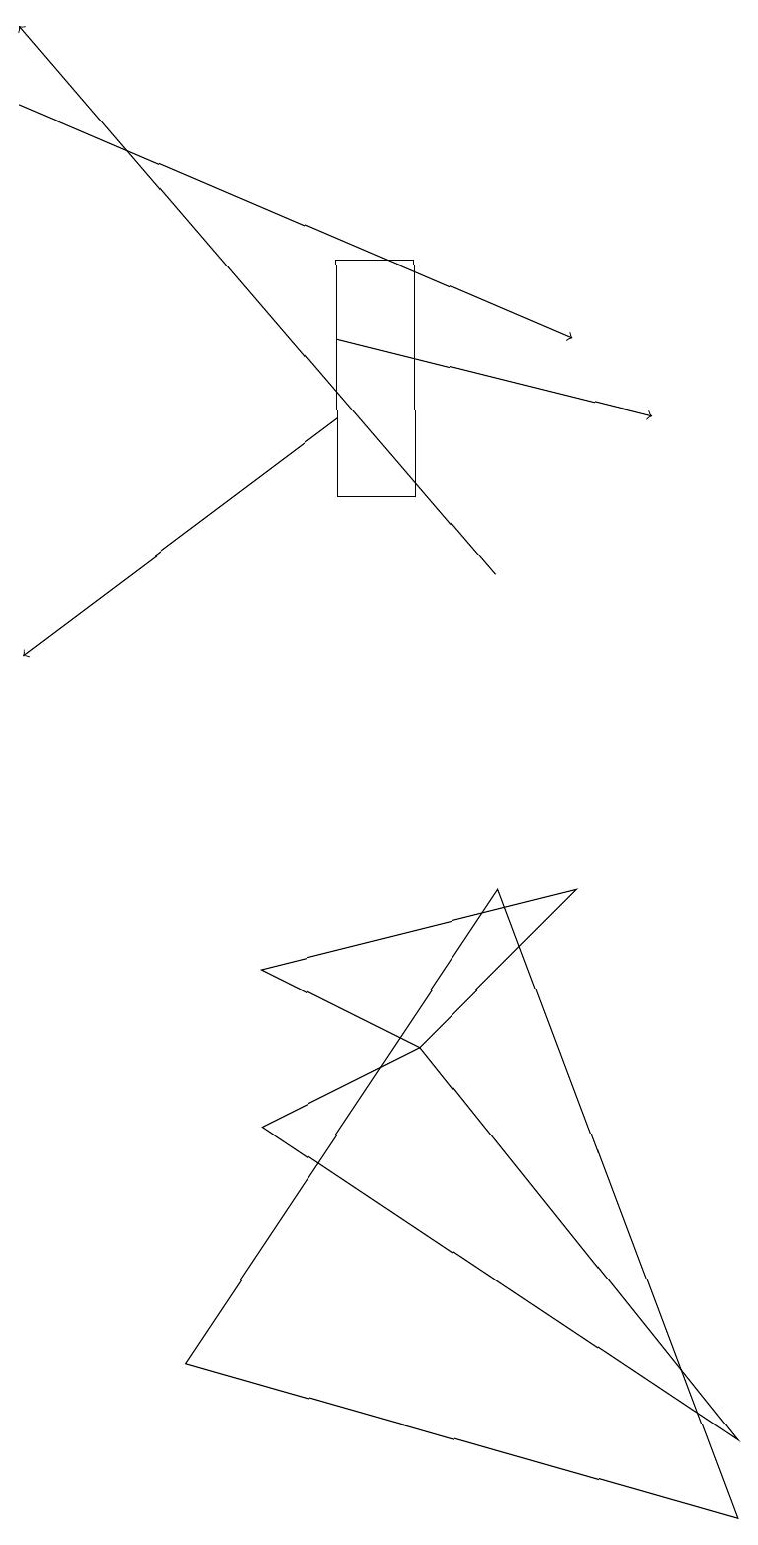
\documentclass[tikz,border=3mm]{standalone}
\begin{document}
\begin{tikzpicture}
\draw[->] (0,18) -- (7,15);
\draw[->] (4,14) -- (0,11);
\draw[->] (4,15) -- (8,14);
\draw (2,2) -- (6,8) -- (9,0) -- cycle;
\draw (5,6) -- (9,1) -- (3,5) -- cycle;
\draw (5,13) rectangle (4,16);
\draw (3,7) -- (5,6) -- (7,8) -- cycle;
\draw[->] (6,12) -- (0,19);
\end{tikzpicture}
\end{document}